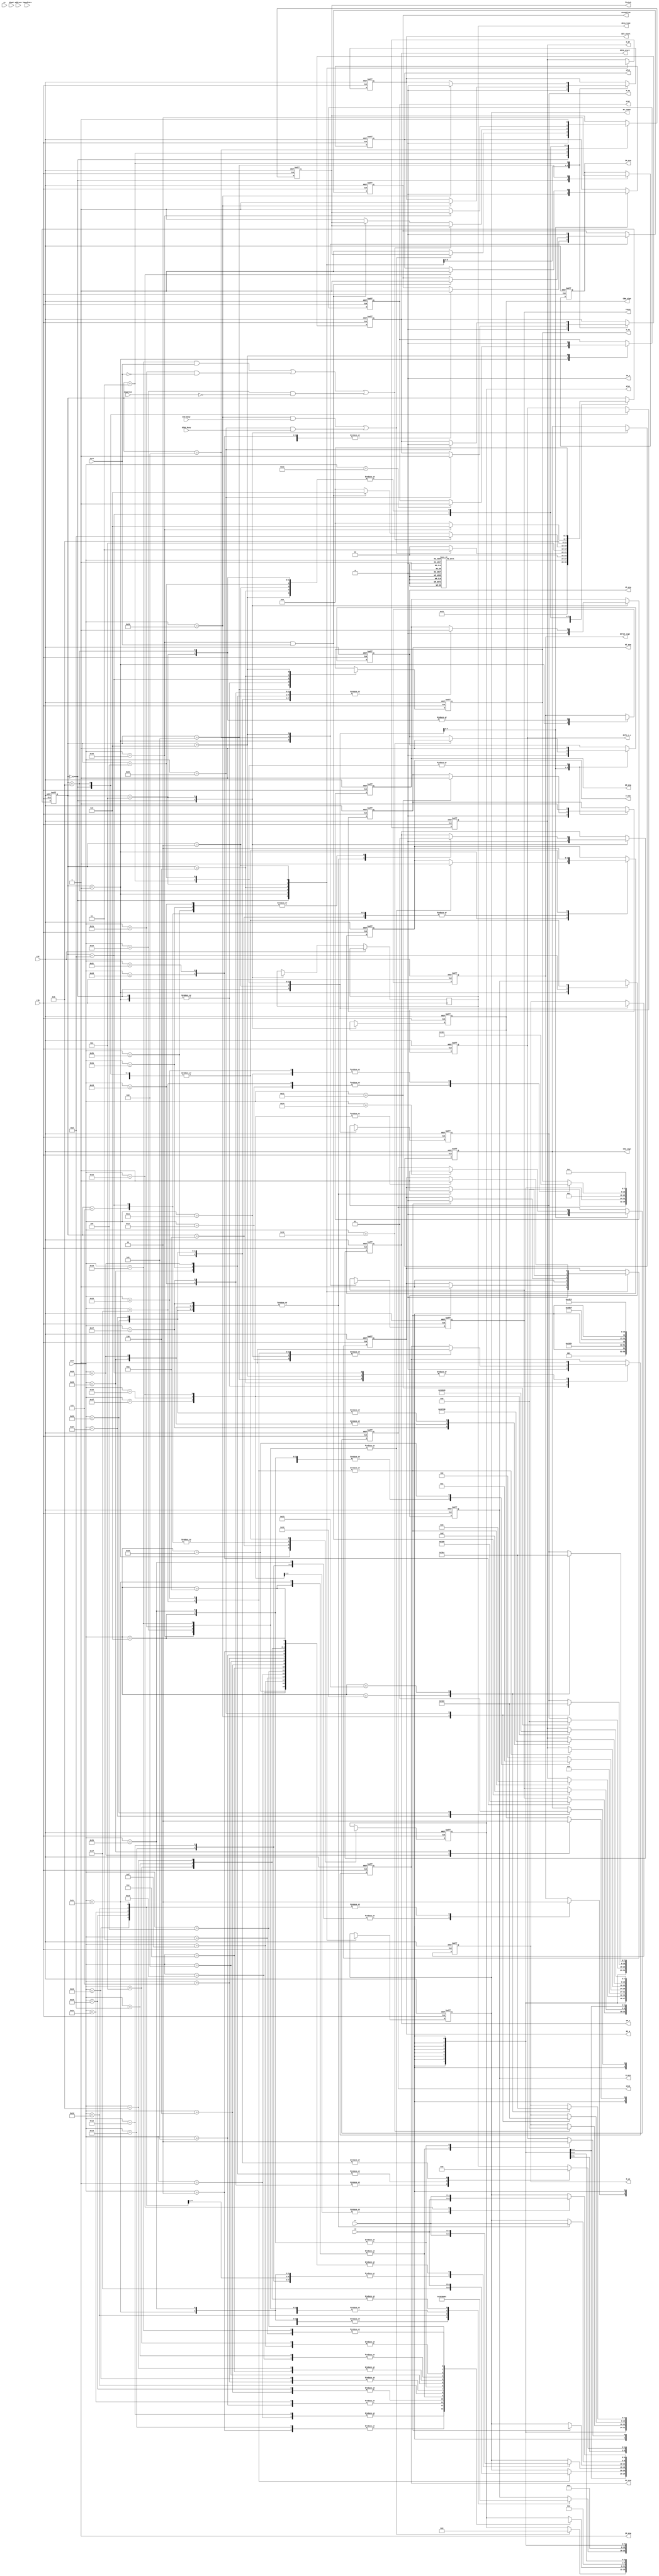
`timescale 1ns / 1ns
module cu(
    input clk,
    input rst,
    input zero,
    input negative,
    output reg DIV_start,
    output reg DIVU_start,
    input DIV_busy,
    input DIVU_busy,
    input [4:0] rs,
    input [4:0] rt,
    input [4:0] rd,
    input [4:0] shamt,
    input [15:0] immediate,
    input [25:0] address,
    input [5:0] inst,
    
    output reg PC_ena,
    output IM_ena, 
    output IM_w,
    output reg IR_ena,
    output reg DM_ena,   
    output reg DM_w,
    output reg [1:0] data_type,
    output reg RF_w,
    output reg [4:0] RF_waddr,
    output reg Z_ena,
    output reg [3:0] aluc,
    output reg HI_ena,
    output reg LO_ena,
    output reg [7:0] M_PC,
    output reg [7:0] M_RF,
    output reg [7:0] M_ALU,
    output reg [7:0] M_HI,
    output reg [7:0] M_LO,
    output reg EXT16_sign,
    output reg EXT1_n_c,
    output reg CBW_sign,
    output reg CHW_sign,
    output reg mfc0,
    output reg mtc0,
    output reg exception,
    output reg eret,
    output reg [4:0] cause,
    output reg finish
    );
    assign IM_ena = 1;
    assign IM_w = 0;
    
    parameter Wdata=2'b00,Hdata=2'b01,Bdata=2'b10;
    
    parameter ADD=6'd1,ADDU=6'd2,SUB=6'd3,SUBU=6'd4,AND=6'd5,OR=6'd6,XOR=6'd7,NOR=6'd8,SLT=6'd9,SLTU=6'd10,SLL=6'd11,SRL=6'd12,SRA=6'd13,SLLV=6'd14,SRLV=6'd15,SRAV=6'd16,JR=6'd17,
    ADDI=6'd18,ADDIU=6'd19,ANDI=6'd20,ORI=6'd21,XORI=6'd22,LW=6'd23,SW=6'd24,BEQ=6'd25,BNE=6'd26,SLTI=6'd27,SLTIU=6'd28,LUI=6'd29,J=6'd30,JAL=6'd31,
    DIV=6'd32,DIVU=6'd33,MULT=6'd34,MULTU=6'd35,BGEZ=6'd36,JALR=6'd37,LBU=6'd38,LHU=6'd39,LB=6'd40,LH=6'd41,SB=6'd42,SH=6'd43,BREAK=6'd44,SYSCALL=6'd45,ERET=6'd46,MFHI=6'd47,MFLO=6'd48,
    MTHI=6'd49,MTLO=6'd50,MFC0=6'd51,MTC0=6'd52,CLZ=6'd53,TEQ=6'd54;
    
    parameter SIF = 4'b0000, SID = 4'b0001, SEXE_M = 4'b0010, SEXE_DIV = 4'b0011, SEXE_MULT = 4'b0100,SPC = 4'b0101,SEXE_J = 4'b0110, 
    SEXE_LS = 4'b0111, SEXE_B1 = 4'b1000, SEXE_BREAK = 4'b1001, SEXE_ALU = 4'b1010, SWB_REG = 4'b1011, SMEM_LS = 4'b1100, SEXE_B2 = 4'b1101; 
    reg [3:0] state;
    
    parameter mux_pc_NPC=8'd0,mux_pc_Rs=8'd1,mux_pc_ALU=8'd2,mux_pc_II=8'd3,mux_pc_EPC=8'd4;
    parameter mux_rf_ALU=8'd0,mux_rf_EXT1=8'd1,mux_rf_DM_Data=8'd2,mux_rf_PC=8'd3,mux_rf_CLZ=8'd4,mux_rf_HI=8'd5,mux_rf_LO=8'd6,mux_rf_CBW=8'd7,mux_rf_CHW=8'd8,mux_rf_CPR=8'd9;
    parameter mux_alu_Rs_Rt=8'd0,mux_alu_ext5_Rt=8'd1,mux_alu_Rs_EXT16=8'd2,mux_alu_x_EXT16=8'd3,mux_alu_Rs_0=8'd4,mux_alu_EXT18_PC=8'd5;
    parameter mux_hi_Rs=8'd0,mux_hi_DIV=8'd1,mux_hi_DIVU=8'd2,mux_hi_MULT=8'd3,mux_hi_MULTU=8'd4;
    parameter mux_lo_Rs=8'd0,mux_lo_DIV=8'd1,mux_lo_DIVU=8'd2,mux_lo_MULT=8'd3,mux_lo_MULTU=8'd4;
    
    parameter EXC_syscall=5'b01000,EXC_break=5'b01001,EXC_teq=5'b01101;
    
    always@(posedge clk or posedge rst)
    begin
        if(rst)
        begin
            state<=SIF;
            finish<=1;
        end
        else
        begin
            case(state)
            SIF:begin
                state<=SPC;
                finish<=0;
            end
            SPC:state<=SID;
            SID:begin
                case(inst)
                MFHI,MFLO,MFC0,MTC0,MTHI,MTLO:state<=SEXE_M;
                DIV,DIVU:state<=SEXE_DIV;
                MULT,MULTU:state<=SEXE_MULT;
                CLZ:state<=SWB_REG;
                J,JAL,JR,JALR:state<=SEXE_J;
                LB,LBU,LH,LHU,LW,SB,SH,SW:state<=SEXE_LS;
                BEQ,BNE,BGEZ,TEQ:state<=SEXE_B1;
                SYSCALL,ERET,BREAK:state<=SEXE_BREAK;
                default:state<=SEXE_ALU;
                endcase
            end
            SEXE_DIV:begin
                if((inst==DIV&&DIV_busy)||(inst==DIVU&&DIVU_busy)) state<=SEXE_DIV;
                else begin 
                    state<=SIF;
                    finish<=1;
                end
            end
            SEXE_LS:state<=SMEM_LS;
            SEXE_B1:begin
                if((inst==BEQ&&zero)||(inst==BNE&&~zero)||(inst==BGEZ&&~negative)) state<=SEXE_B2;
                else if(inst==TEQ&&zero) state<=SEXE_BREAK;
                else begin
                    state<=SIF;
                    finish<=1;
                end
            end
            SEXE_ALU:state<=SWB_REG;
            SEXE_B2:begin
                if(inst==TEQ)  state<=SEXE_BREAK;
                else
                begin
                    state<=SIF;
                    finish<=1;
                end
            end
            SEXE_BREAK,SWB_REG,SMEM_LS,SEXE_J,SEXE_MULT,SEXE_M:
            begin
                state<=SIF;
                finish<=1;
            end
            endcase
        end
    end
    
    always@(posedge clk or posedge rst)
    begin
        if(rst)
        begin
            DIV_start<=0;
            DIVU_start<=0;
            PC_ena<=0;
            IR_ena<=0;
            M_PC<=8'bxxxxxxxx;
            DM_ena<=0;
            DM_w<=0;
            RF_w<=0;
            Z_ena<=0;
            aluc<=4'bxxxx;
            HI_ena<=0;
            LO_ena<=0;
            RF_waddr<=5'bxxxxx;
            M_RF<=8'bxxxxxxxx;
            M_ALU<=8'bxxxxxxxx;
            M_HI<=8'bxxxxxxxx;
            M_LO<=8'bxxxxxxxx;
            EXT16_sign<=1'bx;
            EXT1_n_c<=1'bx;
            CBW_sign<=1'bx;
            CHW_sign<=1'bx;
            mfc0<=0;
            mtc0<=0;
            exception<=0;
            eret<=0;
            cause<=5'bxxxxx;
        end
        else
        begin
            case(state)
                SIF:begin
                    DIV_start<=0;
                    DIVU_start<=0;
                    PC_ena<=0;
                    M_PC<=8'bxxxxxxxx;
                    DM_ena<=0;
                    DM_w<=0;
                    data_type<=2'bxx;
                    RF_w<=0;
                    RF_waddr<=5'bxxxxx;
                    M_RF<=8'bxxxxxxxx;
                    EXT1_n_c<=1'bx;
                    M_ALU<=8'bxxxxxxxx;//5'bxxxxx;
                    Z_ena<=0;
                    aluc<=4'bxxxx;
                    HI_ena<=0;
                    LO_ena<=0;
                    M_HI<=8'bxxxxxxxx;
                    M_LO<=8'bxxxxxxxx;
                    CBW_sign<=1'bx;
                    CHW_sign<=1'bx;
                    mfc0<=0;
                    mtc0<=0;
                              
                    IR_ena<=1;                
                end
                SPC:begin
                    IR_ena<=0;
                    
                    PC_ena<=1;
                    M_PC<=mux_pc_NPC;
                end
                SID:begin
                    PC_ena<=0;
                    M_PC<=8'bxxxxxxxx;

                    case(inst)
                    ADDI,ADDIU,SLTI,LW,SW,LB,SB,LBU,LHU,LH,SH:begin
                        M_ALU<=mux_alu_Rs_EXT16;//5'b01xx0;
                        EXT16_sign<=1;
                    end
                    ANDI,ORI,SLTIU,XORI:begin
                        M_ALU<=mux_alu_Rs_EXT16;//5'b01xx0;
                        EXT16_sign<=0;
                    end
                    LUI:begin
                        M_ALU<=mux_alu_x_EXT16;//5'bx1xx0;
                        EXT16_sign<=0;
                    end
                    ADDU,AND,XOR,NOR,OR,SLLV,SLTU,SUBU,ADD,SUB,SLT,SRLV,SRAV:
                        M_ALU<=mux_alu_Rs_Rt;//5'b00xxx;
                    BEQ,BNE,BGEZ,TEQ:begin
                        M_ALU<=mux_alu_Rs_Rt;//5'b00xxx;
                        Z_ena<=1;
                        aluc<=4'b0011;
                    end
                    J,JR:;
                    JAL:begin
                        RF_w<=1;
                        RF_waddr<=5'd31;
                        M_RF<=mux_rf_PC;//9'b1000x0xxx;
                    end
                    JALR:begin
                        RF_w<=1;
                        RF_waddr<=rd;
                        M_RF<=mux_rf_PC;
                    end
                    SLL,SRA,SRL:begin
                        M_ALU<=mux_alu_ext5_Rt;
                    end
                    CLZ,MFHI,MTHI,MFLO,MTLO,MFC0,MTC0:;
                    DIV:DIV_start<=1;
                    DIVU:DIVU_start<=1;
                    MULT,MULTU:;
                    SYSCALL:begin
                        exception<=1;
                        cause<=EXC_syscall;
                    end
                    ERET:begin
                        exception<=1;
                        eret<=1;
                    end
                    BREAK:begin
                        exception<=1;
                        cause<=EXC_break;
                    end
                    endcase
                end
                SEXE_ALU:begin
                    Z_ena<=1;
                    case(inst)
                    BEQ:
                        aluc<=4'b0011;
                    ADDI,ADD:
                        aluc<=4'b001x;
                    ADDIU,ADDU:
                        aluc<=4'b0000;
                    ANDI,AND:
                        aluc<=4'b0100;
                    ORI,OR:
                        aluc<=4'b0101;
                    SLTIU,SLTU:
                        aluc<=4'b1010;
                    LUI:
                        aluc<=4'b100x;
                    XORI,XOR:
                        aluc<=4'b0110;
                    SLTI,SLT:
                        aluc<=4'b1011;
                    NOR:
                        aluc<=4'b0111;
                    SLL,SLLV:
                        aluc<=4'b111x;
                    SRA,SRAV:
                        aluc<=4'b1100;
                    SRL,SRLV:
                        aluc<=4'b1101;
                    SUBU:
                        aluc<=4'b0001;
                    SUB:
                        aluc<=4'b0011;
                    endcase
                end
                SWB_REG:begin 
                    Z_ena<=0;
                    M_ALU<=8'bxxxxxxxx;//5'bxxxxx;
                    EXT16_sign<=1'bx;
                    aluc<=4'bxxxx;
                
                    RF_w<=1;        
                    case(inst)
                    ADDI,ADDIU,ANDI,ORI,SLTIU,LUI,XORI,SLTI:
                        RF_waddr<=rt;
                    ADDU,AND,XOR,NOR,OR,SLL,SLLV,SLTU,SRA,SRL,SUBU,ADD,SUB,SLT,SRLV,SRAV,CLZ:
                        RF_waddr<=rd;
                    endcase
                            
                    case(inst)
                    SLTIU,SLTU:begin
                        M_RF<=mux_rf_EXT1;//9'b101x1xxxx;
                        EXT1_n_c<=1;
                    end
                    SLTI,SLT:begin
                        M_RF<=mux_rf_EXT1;//9'b101x1xxxx;
                        EXT1_n_c<=0;
                    end
                    CLZ:
                        M_RF<=mux_rf_CLZ;
                    default:M_RF<=mux_rf_ALU;//9'b101x0xxxx;
                    endcase
                end
                SEXE_B1:begin
                    M_ALU<=8'bxxxxxxxx;//5'bxxxxx;
                    Z_ena<=0;
                    aluc<=4'bxxxx;
                    
                    if(inst==TEQ&&zero)
                    begin
                        exception<=1;
                        cause<=EXC_teq;
                    end
                end
                SEXE_B2:begin
                    M_ALU<=mux_alu_EXT18_PC;
                    Z_ena<=1;
                    aluc<=4'b0010;
                    PC_ena<=1;
                    M_PC<=mux_pc_ALU;
                end
                SEXE_J:begin
                    case(inst)
                    J:begin
                        PC_ena<=1;
                        M_PC<=mux_pc_II;
                    end
                    JAL:begin
                        RF_w<=0;
                        RF_waddr<=5'bxxxxx;
                        M_RF<=8'bxxxxxxxx;//9'bxxxxxxxxx;
                        
                        PC_ena<=1;
                        M_PC<=mux_pc_II;
                    end
                    JR:begin
                        PC_ena<=1;
                        M_PC<=mux_pc_Rs;
                    end
                    JALR:begin
                        RF_w<=0;
                        RF_waddr<=5'bxxxxx;
                        M_RF<=8'bxxxxxxxx;
                        
                        PC_ena<=1;
                        M_PC<=mux_pc_Rs;
                    end
                    endcase        
                end
                SEXE_LS:begin
                    Z_ena<=1;
                    aluc<=4'b0010;
                end
                SMEM_LS:begin                 
                    Z_ena<=0;
                    M_ALU<=8'bxxxxxxxx;//5'bxxxxx;
                    EXT16_sign<=1'bx;
                    aluc<=4'bxxxx;
                    
                    case(inst)
                    LW:begin
                        DM_ena<=1;
                        DM_w<=0;
                        data_type<=Wdata;
                        RF_w<=1;
                        RF_waddr<=rt;
                        M_RF<=mux_rf_DM_Data;//9'b1001xxx1x;
                    end
                    SW:begin
                        DM_ena<=1;
                        DM_w<=1;
                        data_type<=Wdata;
                    end
                    LB:begin
                        DM_ena<=1;
                        DM_w<=0;
                        data_type<=Bdata;
                        RF_w<=1;
                        RF_waddr<=rt;
                        M_RF<=mux_rf_CBW;
                        CBW_sign<=1;
                    end
                    SB:begin
                        DM_ena<=1;
                        DM_w<=1;
                        data_type<=Bdata;
                    end
                    LBU:begin
                        DM_ena<=1;
                        DM_w<=0;
                        data_type<=Bdata;
                        RF_w<=1;
                        RF_waddr<=rt;
                        M_RF<=mux_rf_CBW;
                        CBW_sign<=0;
                    end
                    LHU:begin
                        DM_ena<=1;
                        DM_w<=0;
                        data_type<=Hdata;
                        RF_w<=1;
                        RF_waddr<=rt;
                        M_RF<=mux_rf_CHW;
                        CHW_sign<=0;
                    end
                    LH:begin
                        DM_ena<=1;
                        DM_w<=0;
                        data_type<=Hdata;
                        RF_w<=1;
                        RF_waddr<=rt;
                        M_RF<=mux_rf_CHW;
                        CHW_sign<=1;
                    end
                    SH:begin
                        DM_ena<=1;
                        DM_w<=1;
                        data_type<=Hdata;
                    end
                    endcase
                end
                SEXE_M:begin
                    case(inst)
                    MFHI:begin
                        RF_w<=1; 
                        RF_waddr<=rd;
                        M_RF<=mux_rf_HI;
                    end
                    MTHI:begin
                        HI_ena<=1;
                        M_HI<=mux_hi_Rs;
                    end
                    MFLO:begin
                        RF_w<=1;
                        RF_waddr<=rd;
                        M_RF<=mux_rf_LO;
                    end
                    MTLO:begin
                        LO_ena<=1;
                        M_LO<=mux_lo_Rs;
                    end
                    MFC0:begin
                        mfc0<=1;
                        RF_w<=1;
                        RF_waddr<=rt;
                        M_RF<=mux_rf_CPR;
                    end
                    MTC0:begin
                        mtc0<=1;
                    end
                    endcase
                end
                SEXE_DIV:begin
                    HI_ena<=1;
                    LO_ena<=1;
                    case(inst)
                    DIV:begin DIV_start<=0;M_HI<=mux_hi_DIV;M_LO<=mux_lo_DIV;end
                    DIVU:begin DIVU_start<=0;M_HI<=mux_hi_DIVU;M_LO<=mux_lo_DIVU;end
                    endcase
                end
                SEXE_MULT:begin
                    HI_ena<=1;
                    LO_ena<=1;
                    case(inst)
                    MULT:begin M_HI<=mux_hi_MULT;M_LO<=mux_lo_MULT;end
                    MULTU:begin M_HI<=mux_hi_MULTU;M_LO<=mux_lo_MULTU;end
                    endcase
                end
                SEXE_BREAK:begin
                    exception<=0;
                    eret<=0;
                    cause<=5'bxxxxx;
                
                    PC_ena<=1;
                    M_PC<=mux_pc_EPC;
                end
            endcase
        end
    end
endmodule